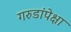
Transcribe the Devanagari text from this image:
गरुडांपेक्षा